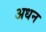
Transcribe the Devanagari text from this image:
अधन